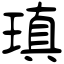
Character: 瑱